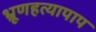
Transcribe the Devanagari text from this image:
भ्रूणहत्यापाप